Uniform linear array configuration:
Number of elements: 64
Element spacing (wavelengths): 1
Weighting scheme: uniform
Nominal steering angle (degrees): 15
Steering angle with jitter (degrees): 14.71
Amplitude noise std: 0.05
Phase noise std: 0.05

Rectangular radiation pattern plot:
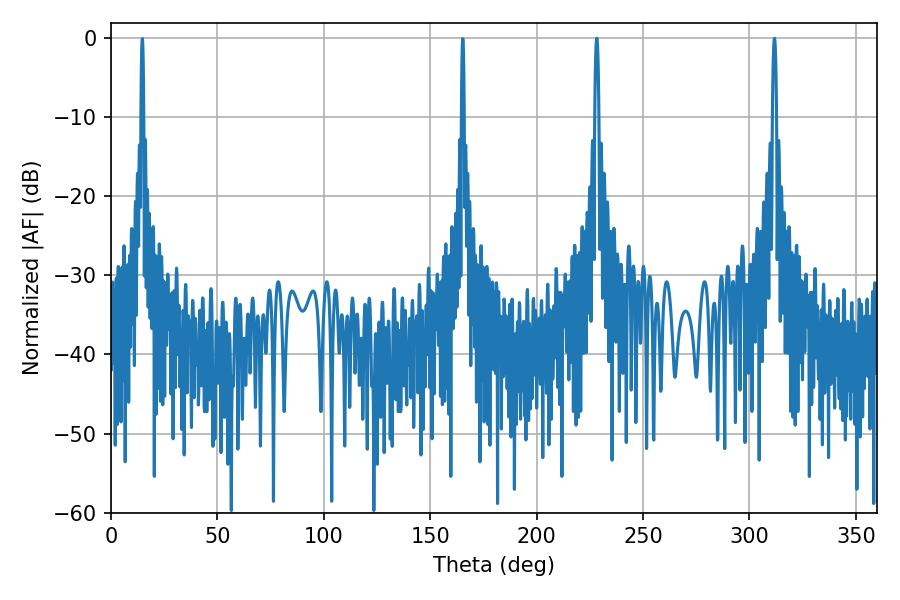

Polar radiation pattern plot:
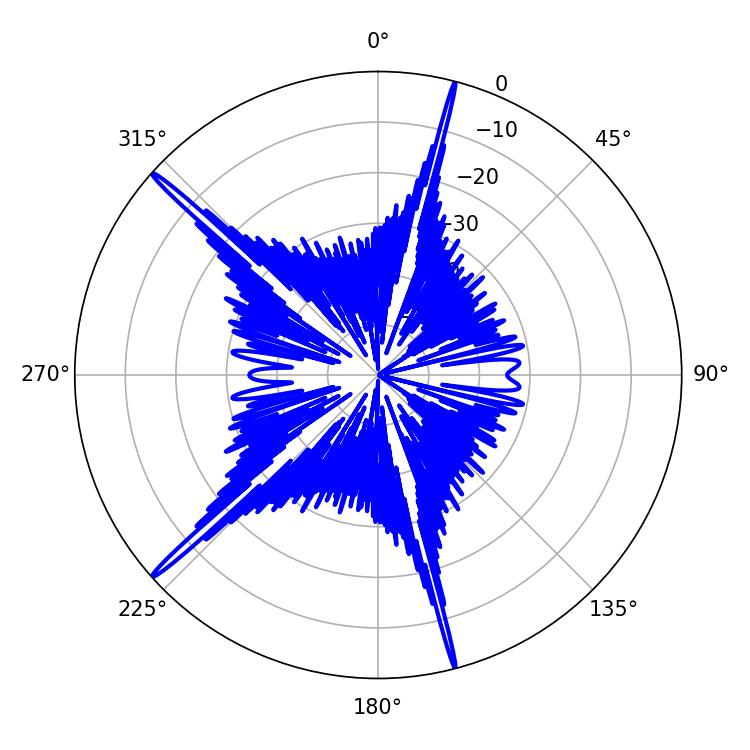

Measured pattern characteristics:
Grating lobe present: TRUE
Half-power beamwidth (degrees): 1.08
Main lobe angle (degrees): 311.76